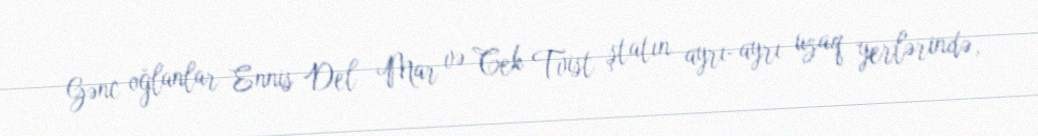
Gənc oğlanlar Ennis Del Mar və Cek Tvist ştatın ayrı-ayrı uzaq yerlərində,